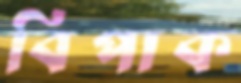
বিপাক